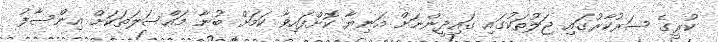
ކުރީގެ ސަރުކާރުގައި ޖަލުތަކުގައި ގައިދީންނަށް އަނިޔާ ކޮށްފައިވާ ކަމަށް ބުނާ މައްސަލަތަކަށް އިންސާފު